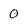
Character: 0